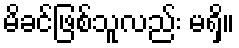
မိခင်ဖြစ်သူလည်း မရှိ။